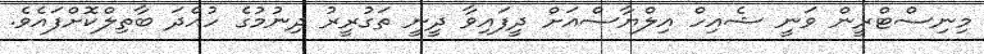
މިނިސްޓްރީން ވަނީ ޝެއިހް އިލްޔާސްއަށް ދީފައިވާ ދީނީ ތަގުރީރު ދިނުމުގެ ހުއްދަ ބާތިލްކޮށްފައެވެ.